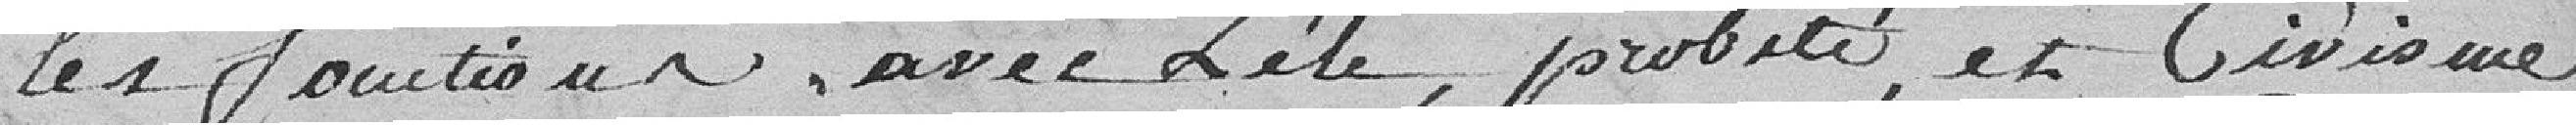
les fonctions avec zêle, probité et civisme